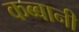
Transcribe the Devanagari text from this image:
कब्बानी